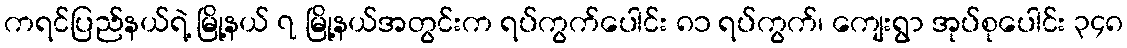
ကရင်ပြည်နယ်ရဲ့ မြို့နယ် ၇ မြို့နယ်အတွင်းက ရပ်ကွက်ပေါင်း ၈၁ ရပ်ကွက်၊ ကျေးရွာ အုပ်စုပေါင်း ၃၄၈